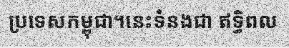
ប្រទេសកម្ពុជា។នេះទំនងជា ឥទ្ធិពល